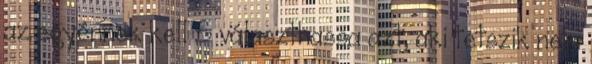
az egyénnek kell S választhassa azt, aki tetszik neki